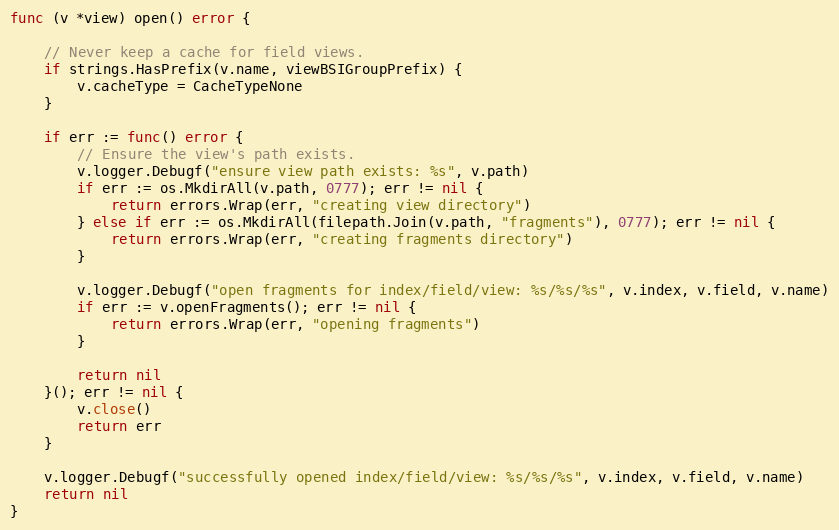
Language: Go
func (v *view) open() error {

	// Never keep a cache for field views.
	if strings.HasPrefix(v.name, viewBSIGroupPrefix) {
		v.cacheType = CacheTypeNone
	}

	if err := func() error {
		// Ensure the view's path exists.
		v.logger.Debugf("ensure view path exists: %s", v.path)
		if err := os.MkdirAll(v.path, 0777); err != nil {
			return errors.Wrap(err, "creating view directory")
		} else if err := os.MkdirAll(filepath.Join(v.path, "fragments"), 0777); err != nil {
			return errors.Wrap(err, "creating fragments directory")
		}

		v.logger.Debugf("open fragments for index/field/view: %s/%s/%s", v.index, v.field, v.name)
		if err := v.openFragments(); err != nil {
			return errors.Wrap(err, "opening fragments")
		}

		return nil
	}(); err != nil {
		v.close()
		return err
	}

	v.logger.Debugf("successfully opened index/field/view: %s/%s/%s", v.index, v.field, v.name)
	return nil
}